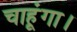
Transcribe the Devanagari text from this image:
चाहूंगा।